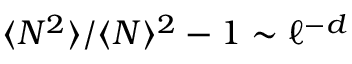
\langle N ^ { 2 } \rangle / \langle N \rangle ^ { 2 } - 1 \sim \ell ^ { - d }